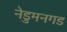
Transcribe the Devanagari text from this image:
नेडुमनगड